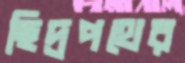
ছিদ্রপথের